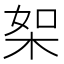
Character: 桇